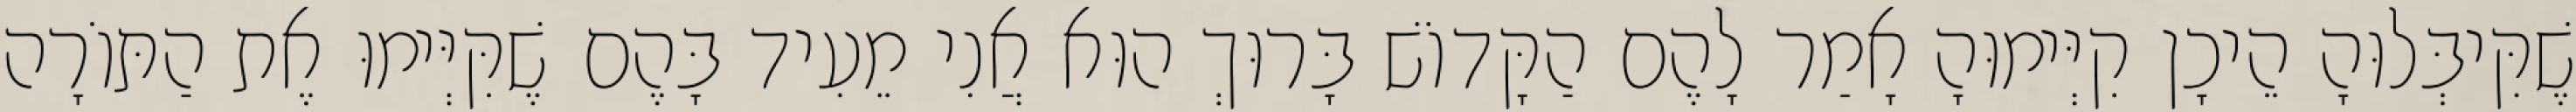
שֶׁקִּיבְּלוּהָ הֵיכָן קִיְּימוּהָ אָמַר לָהֶם הַקָּדוֹשׁ בָּרוּךְ הוּא אֲנִי מֵעִיד בָּהֶם שֶׁקִּיְּימוּ אֶת הַתּוֹרָה